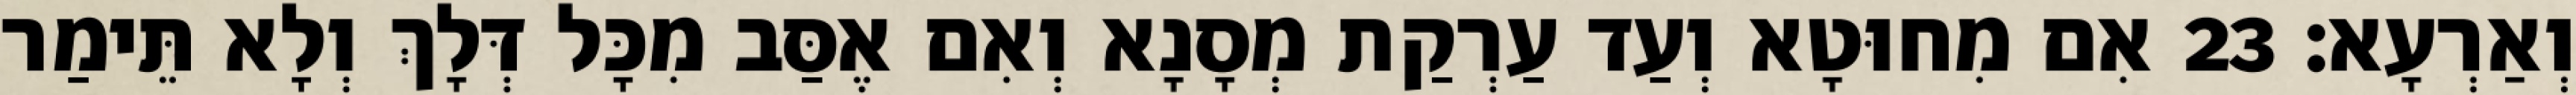
וְאַרְעָא׃ 23 אִם מִחוּטָא וְעַד עַרְקַת מְסָנָא וְאִם אֶסַּב מִכָּל דְּלָךְ וְלָא תֵּימַר